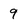
Character: 9